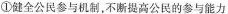
①健全公民参与机制，不断提高公民的参与能力